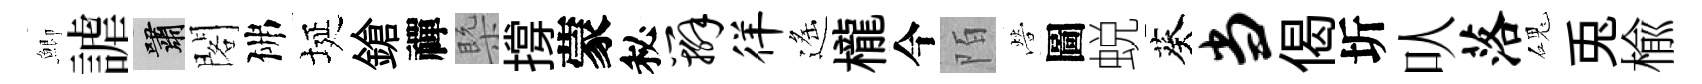
鯽謔嘯閣佛埏鎗禪槩撐蒙秘辫徉遙櫳今陌營圖蜕葵当偈圻㕥落磈兎楡